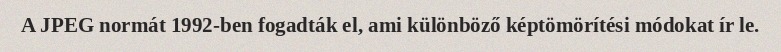
A JPEG normát 1992-ben fogadták el, ami különböző képtömörítési módokat ír le.